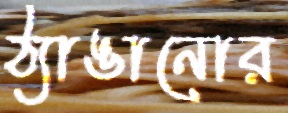
ঠ্যাঙানোর